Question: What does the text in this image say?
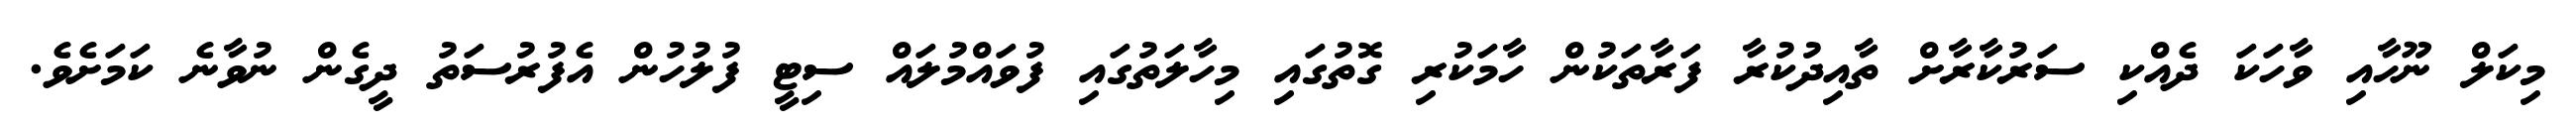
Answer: މިކަލް ނޫހާއި ވާހަކަ ދެއްކި ސަރުކާރާށް ތާއިދުކުރާ ފަރާތަކުން ހާމަކުރި ގޮތުގައި މިހާލަތުގައި ފުވައްމުލައް ސިޓީ ފުލުހުން އެފުރުސަތު ދީގެން ނުވާނެ ކަމަށެވެ.